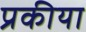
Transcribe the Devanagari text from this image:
प्रकीया